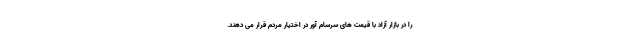
را در بازار آزاد با قیمت های سرسام آور در اختیار مردم قرار می دهند.